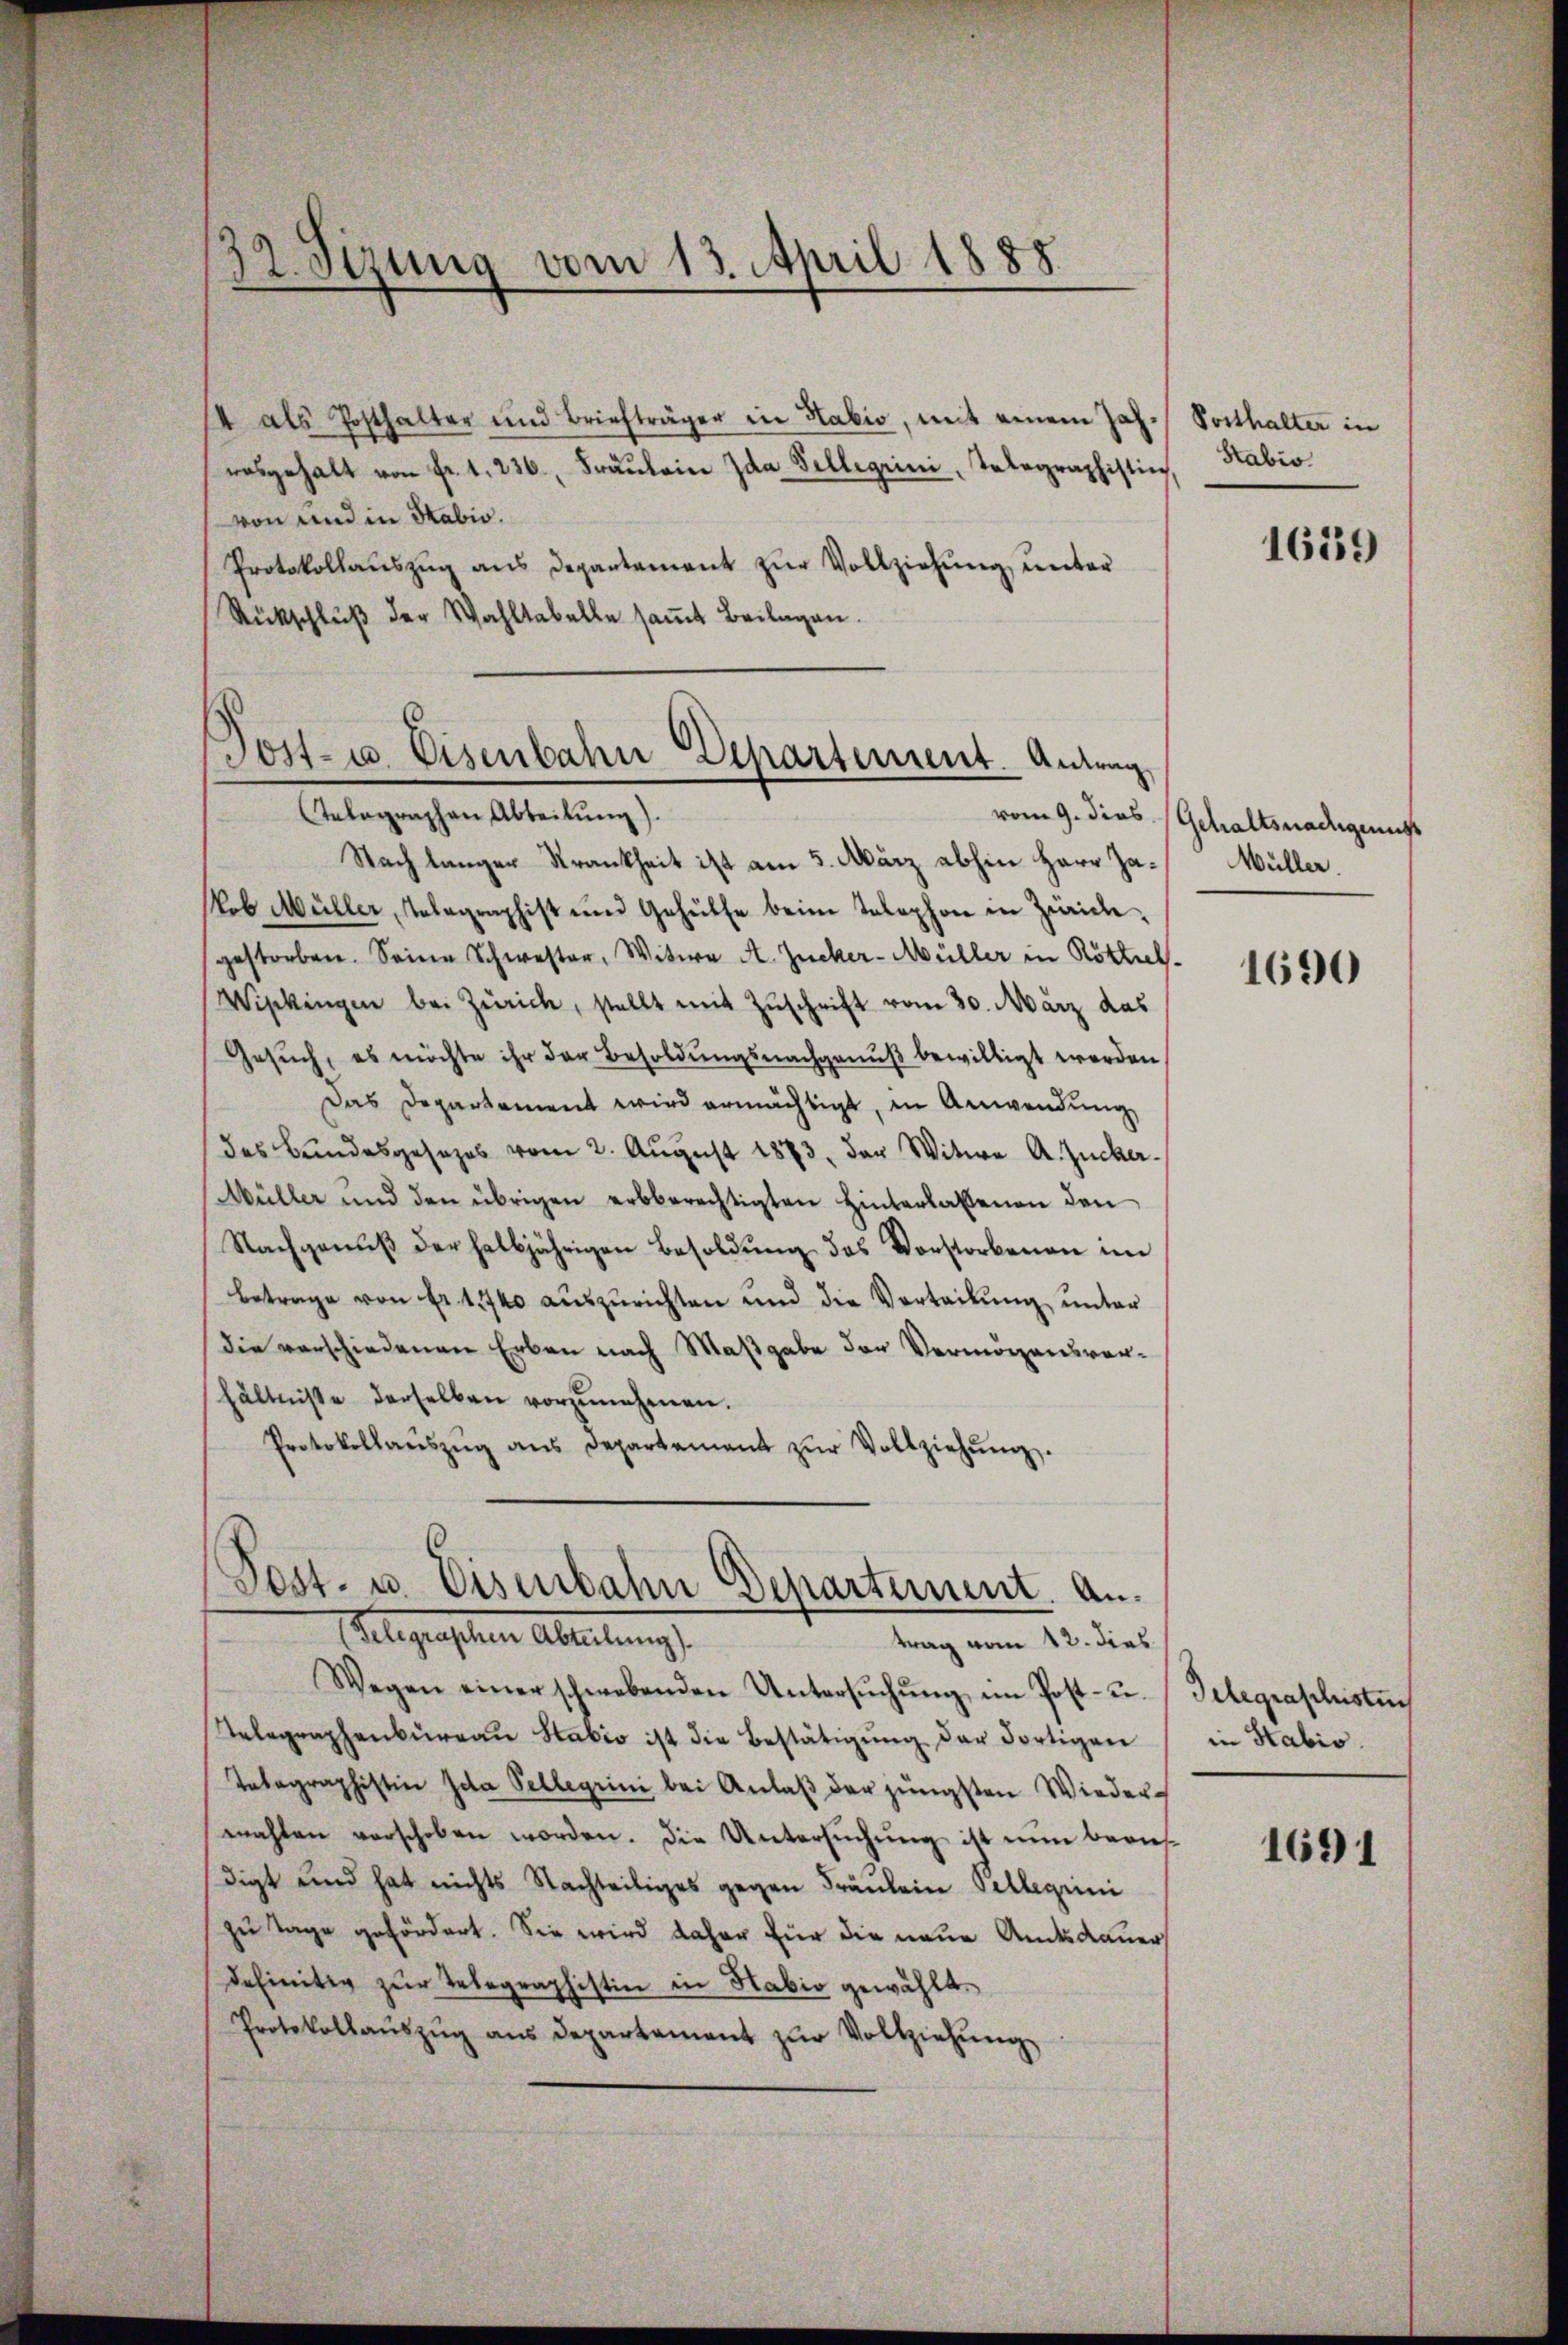
32. Sizung vom 13. April 1885

/4 als Posthalter und Briefträger in Habio, mit einem Joh. Posthalter in
rosgehalt von Fr. 1. 236, Fräŭlein Ida Felligrini, Telegraphistin,
von und in Habio.
Protokollaŭszŭg ans Departement zŭr Vollziehung unter
Rückschluß der Wahltabelle samt Beilagen.

Post- u. Eisenbahn Departement. Antrag,

Gelegensten Arbeitung
trag vom 12. dies

telegraphen Abteilung).
Nach langer Krankheit ist am 5. März abhin Herr Ja¬
Nob Müller, Telegraphist um Gehülfe beim Telephon in Zürichgestorben. Seine Schwester, Witwe A. Zucker-Müller in Röttres.
Wipkingen bei Zürich, stellt mit Zuschrift vom 30. März das
Gesuch, es möchte ihr der Besoldungsnachgenuß bewilligt werden
Das Departement wird ermächtigt, in Anwendung
des Bundesgesezes vom 2. Aŭgust 1873, der Witwe A. Zucker¬
Müller und den übrigen erbberechtigten Hinterlassenen den
Nachgenŭβ der halbjährigen Besoldŭng des Vorstorbenen im
betrage von Fr. 1740 auszurichten und die Vorteilung unter
die verschiedenen Erben nach Maßgabe der Vermögensvorhältnisse derselben vorzunehmen.
Protokollaŭszŭg ans Departement zŭr Vollziehŭng.
Post- u. Eisenbahn Departement. An¬

Wegen einer schwebenden Untersŭchŭng im Post- u. Gelegraphisten
Telegraphenbüreau Stabio ist die Bestätigung der Fortigen
Telegraphistin Ida Pellegen bei Anlaβ der jüngsten Wiedermahlen verschoben worden. Die Untersuchung ist nun beaufdigt und hat nichts Nachteiliges gegen Fräulein Pellegiini
zu Tage gefördert. Sie wird daher für die neue Amtsdauer
definitiv zŭr Telegraphistin in Habio gewählt.
Protokollaŭszŭg aŭs Departement zŭr Vollziehŭng

Stabis

1659

vom 9. dies Gehaltsnadigenst
Müller.

1690

in Stabis.

1691